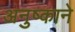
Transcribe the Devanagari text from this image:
अनुष्काने